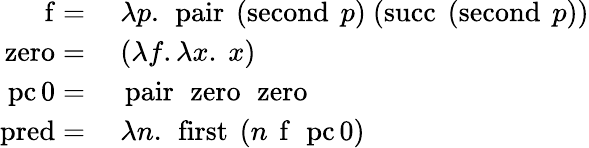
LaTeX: {\begin{array}{rl}{\operatorname{f}=}&{\ \lambda p.\ \operatorname{pair}\ (\operatorname{second}\ p)\ (\operatorname{succ}\ (\operatorname{second}\ p))}\\ {\operatorname{zero}=}&{\ (\lambda f.\lambda x.\ x)}\\ {\operatorname{pc0}=}&{\ \operatorname{pair}\ \operatorname{zero}\ \operatorname{zero}}\\ {\operatorname{pred}=}&{\ \lambda n.\ \operatorname{first}\ (n\ \operatorname{f}\ \operatorname{pc0})}\end{array}}